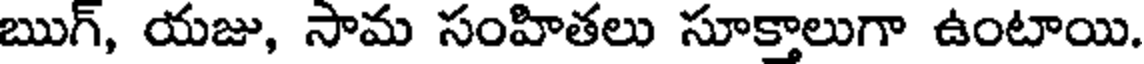
ఋగ్, యజు, సామ సంహితలు సూక్తాలుగా ఉంటాయి.